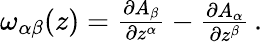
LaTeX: \begin{array}{r}{\omega_{\alpha\beta}(z)=\frac{\partial A_{\beta}}{\partial z^{\alpha}}-\frac{\partial A_{\alpha}}{\partial z^{\beta}}\, .}\end{array}